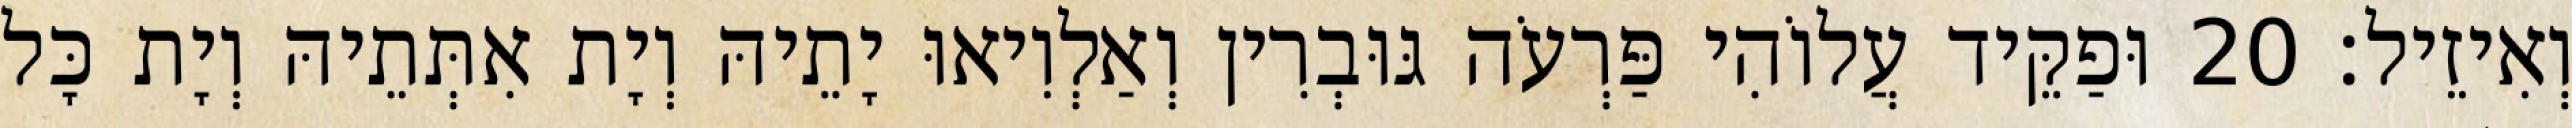
וְאִיזֵיל׃ 20 וּפַקֵּיד עֲלוֹהִי פַּרְעֹה גּוּבְרִין וְאַלְוִיאוּ יָתֵיהּ וְיָת אִתְּתֵיהּ וְיָת כָּל